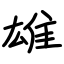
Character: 雄